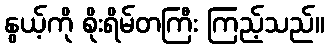
နွယ့်ကို စိုးရိမ်တကြီး ကြည့်သည်။